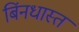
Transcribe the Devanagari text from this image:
बिंनधास्त